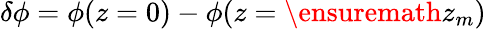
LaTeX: \delta\phi=\phi(z=0)-\phi(z=\ensuremath{z_{m}})